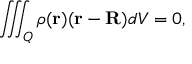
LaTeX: \iiint _ { Q } \rho ( \mathbf { r } ) ( \mathbf { r } - \mathbf { R } ) d V = 0 ,